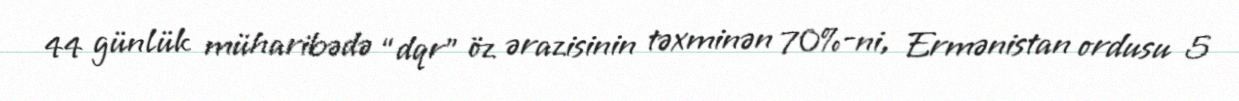
44 günlük müharibədə “dqr” öz ərazisinin təxminən 70%-ni, Ermənistan ordusu 5